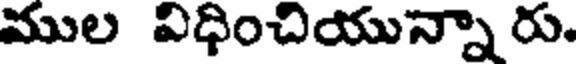
ముల విధించియున్నా రు.